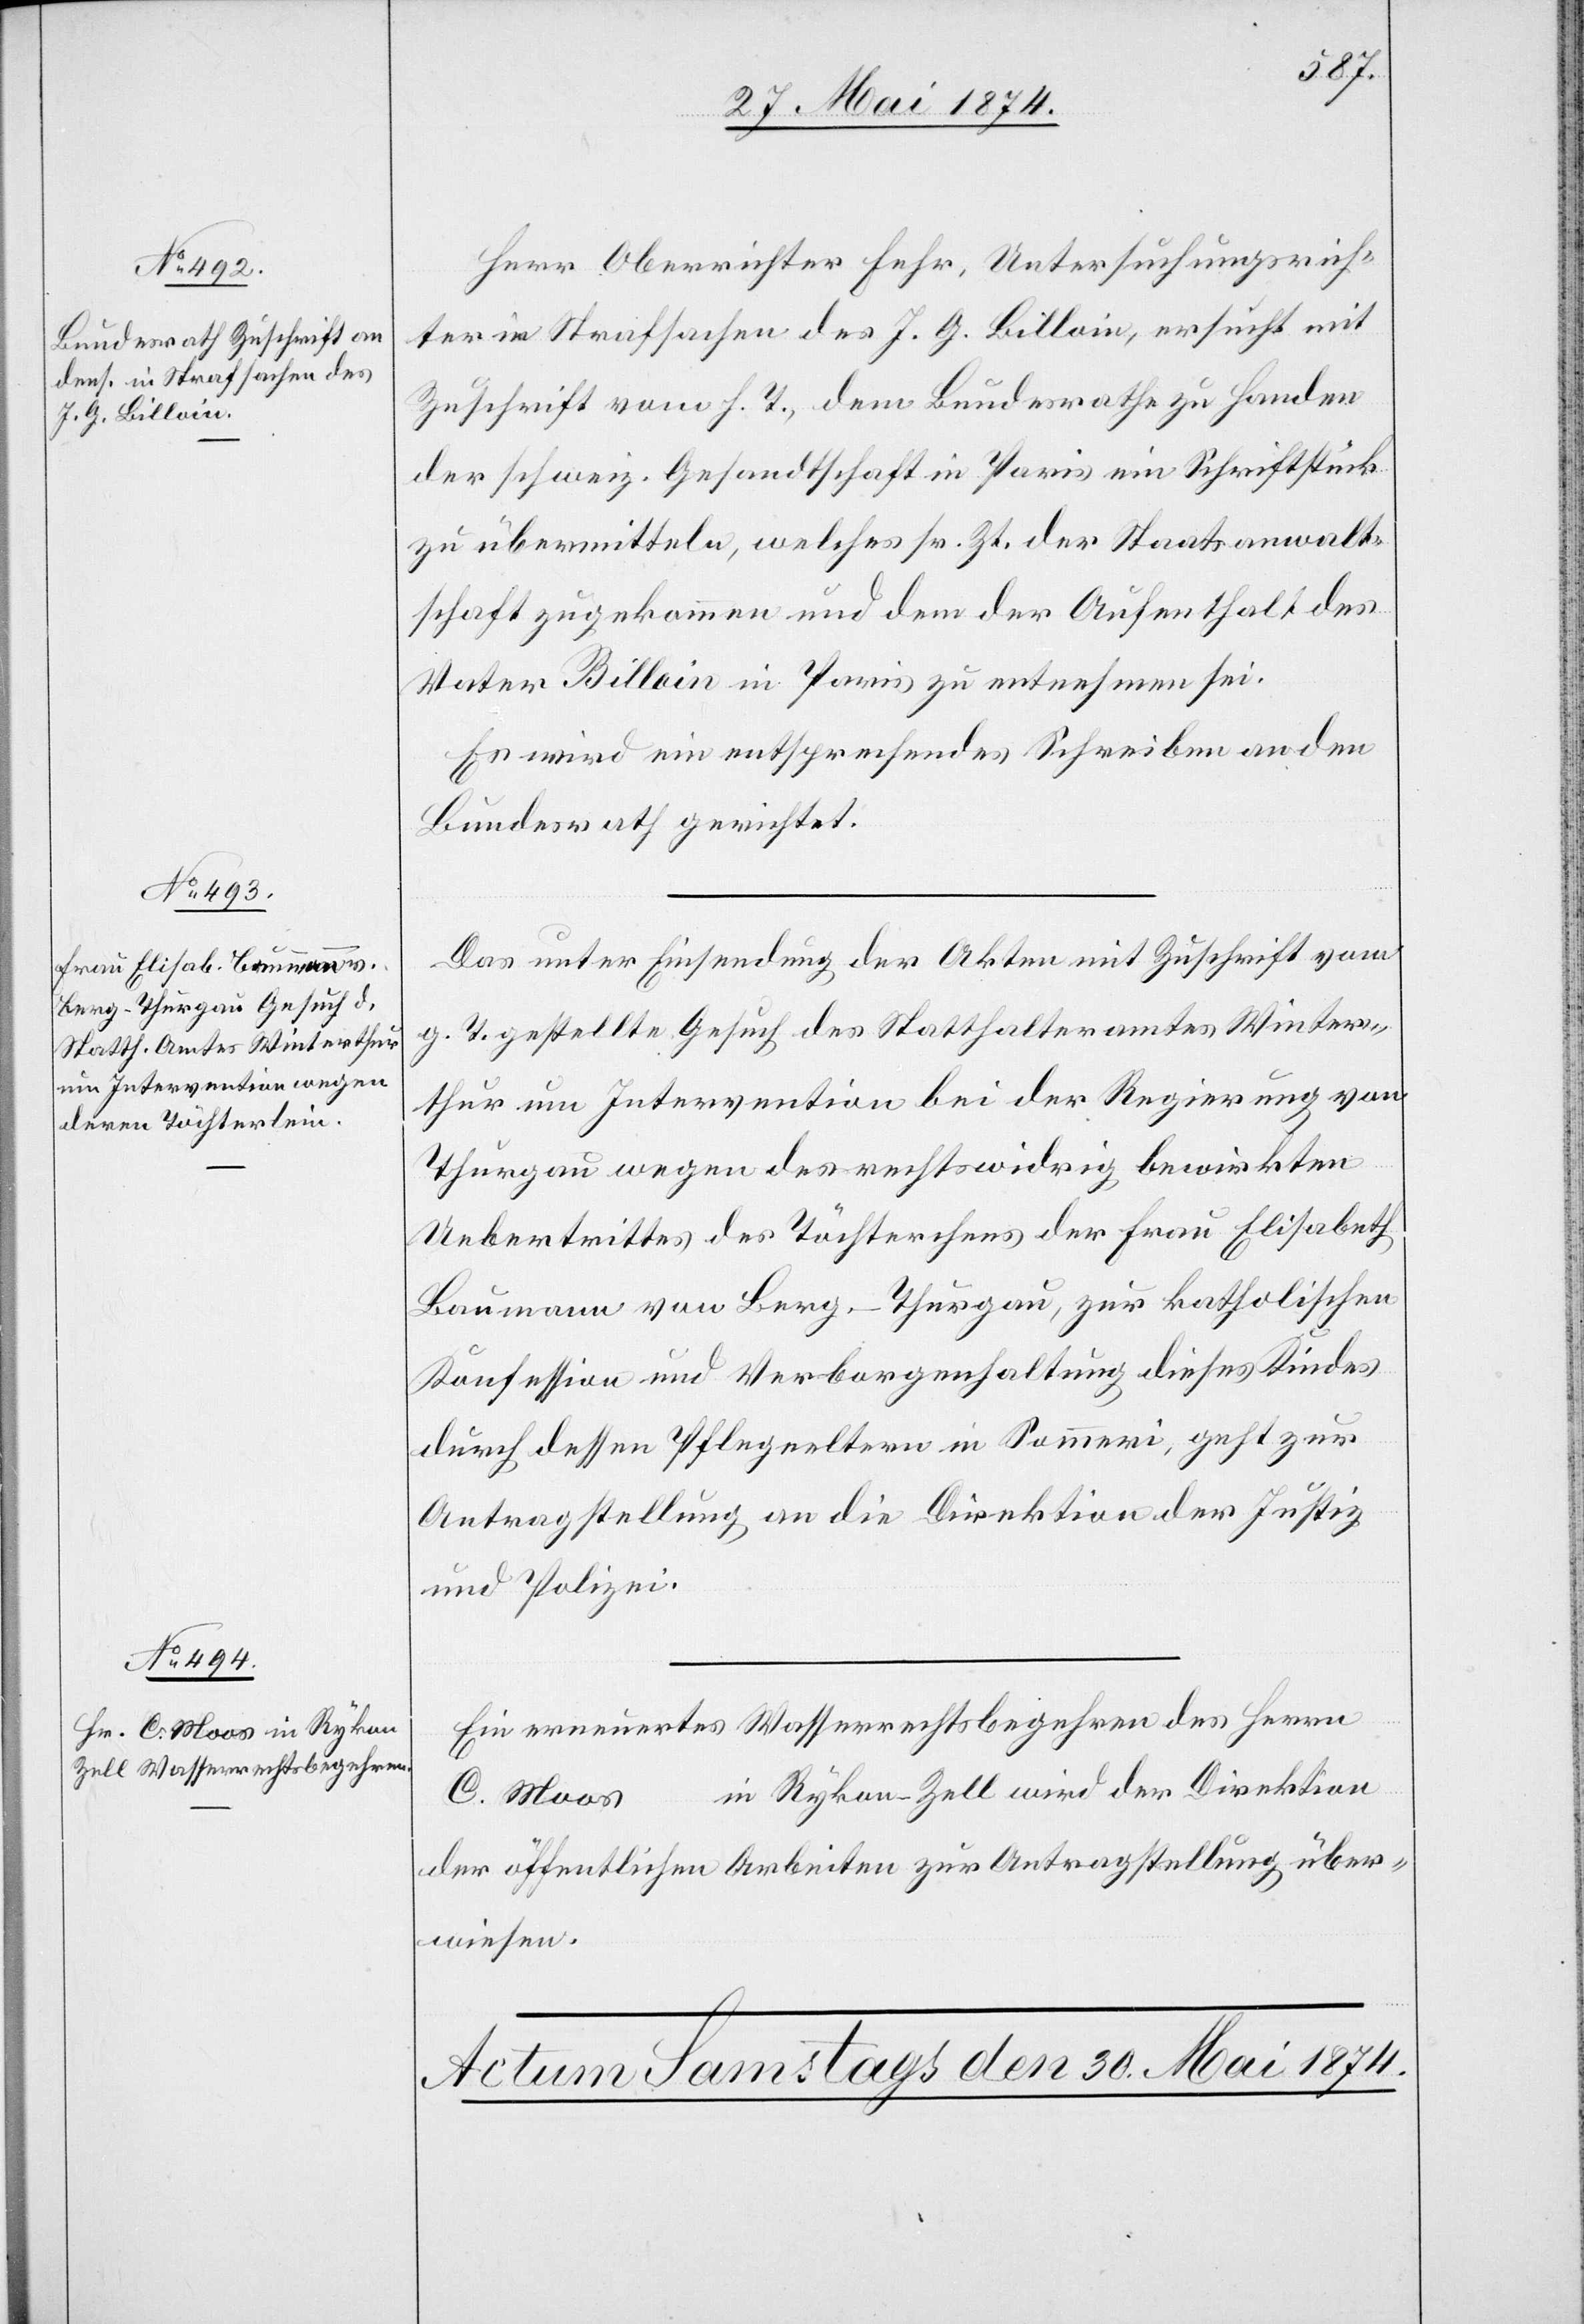
29. Mai 1874.]
Herr Oberrichter Fehr, Untersuchungsrich¬
ter in Strafsachen des J. G. Billoin, ersucht mit
Zuschrift vom h. T., dem Bundesrathe zu Handen
der schweiz. Gesandtschaft in Paris ein Schriftstück
zu übermitteln, welches sr. Zt. der Staatsanwalt¬
schaft zugekommen und dem der Aufenthalt des
Vater Billoin in Paris zu entnehmen sei.
Es wird ein entsprechendes Schreiben an den
Bundesrath gerichtet.
Das unter Einsendung der Akten mit Zuschrift vom
g. T. gestellte Gesuch des Statthalteramtes Winter¬
thur um Intervention bei der Regierung von
Thurgau wegen des rechtswidrig bewirkten
Uebertrittes des Töchterchens der Frau Elisabeth
Baumann von Berg-Thurgau, zur katholischen
Konfession und Verborgenhaltung dieses Kindes
durch dessen Pflegeeltern in Sommeri, geht zur
Antragstellung an die Direktion der Justiz
und Polizei.
Ein erneuertes Wasserrechtsbegehren des Herrn
C. Moos in Rykon-Zell wird der Direktion
der öffentlichen Arbeiten zur Antragstellung über¬
wiesen.